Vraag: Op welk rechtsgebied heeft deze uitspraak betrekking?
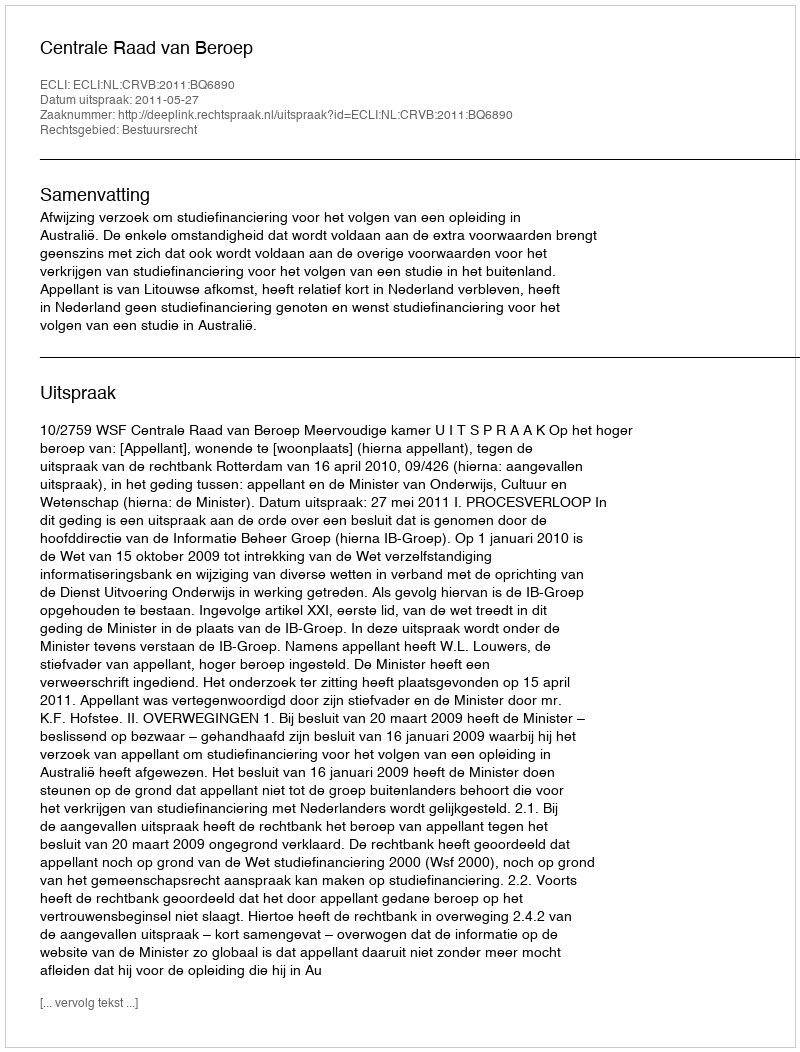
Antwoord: Bestuursrecht